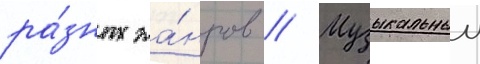
ра́зных жа́нров // Музыкальныи